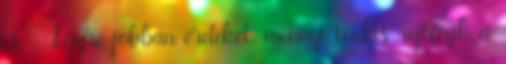
is. - Egyre jobban érdekel, mennyi tudás rejtőzik a